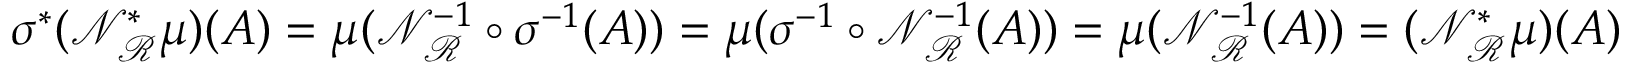
\sigma ^ { * } ( \mathcal { N } _ { \mathcal { R } } ^ { * } \mu ) ( A ) = \mu ( \mathcal { N } _ { \mathcal { R } } ^ { - 1 } \circ \sigma ^ { - 1 } ( A ) ) = \mu ( \sigma ^ { - 1 } \circ \mathcal { N } _ { \mathcal { R } } ^ { - 1 } ( A ) ) = \mu ( \mathcal { N } _ { \mathcal { R } } ^ { - 1 } ( A ) ) = ( \mathcal { N } _ { \mathcal { R } } ^ { * } \mu ) ( A )